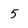
Character: 5